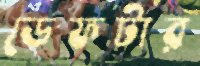
ডেফটার